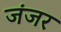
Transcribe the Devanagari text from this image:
जंजर